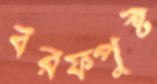
বরফপুষ্ট